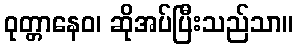
ဝုတ္တာနေဝ၊ ဆိုအပ်ပြီးသည်သာ။